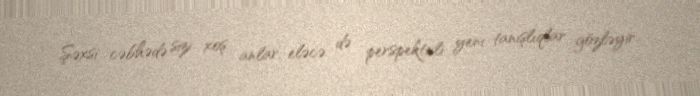
Şəxsi cəbhədə sizi xoş anlar, eləcə də perspektivli yeni tanışlıqlar gözləyir.